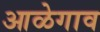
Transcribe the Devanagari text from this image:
आळेगाव